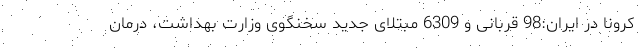
کرونا در ایران:98 قربانی و 6309 مبتلای جدید سخنگوی وزارت بهداشت، درمان